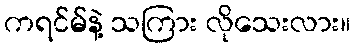
ကရင်မ်နဲ့ သကြား လိုသေးလား။